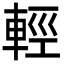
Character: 輕